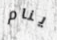
ينام